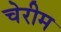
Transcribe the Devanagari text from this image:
चेरीम